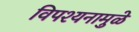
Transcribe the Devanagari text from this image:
विपश्यनामुळे